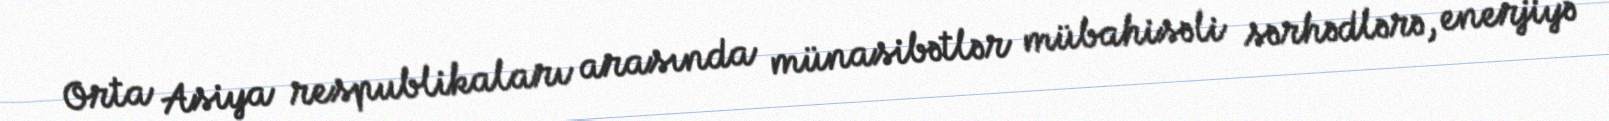
Orta Asiya respublikaları arasında münasibətlər mübahisəli sərhədlərə, enerjiyə